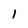
Character: 1